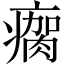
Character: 瘸